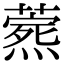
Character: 𬋎